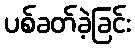
ပစ်ခတ်ခဲ့ခြင်း